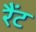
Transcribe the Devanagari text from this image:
रैंट